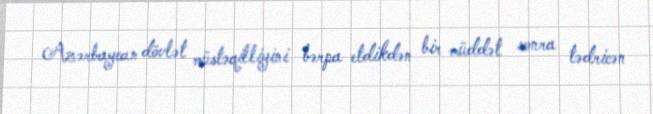
Azərbaycan dövlət müstəqilliyini bərpa etdikdən bir müddət sonra tədricən